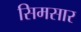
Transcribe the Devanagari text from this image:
सिमसार